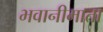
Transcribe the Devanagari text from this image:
भवानीमाता